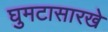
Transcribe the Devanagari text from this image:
घुमटासारखे